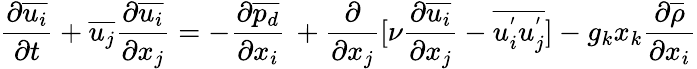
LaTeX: \frac{\partial\overline{{u_{i}}}}{\partial t}+\overline{{u_{j}}}\frac{\partial\overline{{u_{i}}}}{\partial x_{j}}=-\frac{\partial\overline{{p_{d}}}}{\partial x_{i}}\, +\frac{\partial}{\partial x_{j}}\lbrack\nu\frac{\partial\overline{{u_{i}}}}{\partial x_{j}}-\overline{{u_{i}^{'}u_{j}^{'}}}{]}-g_{k}x_{k}\frac{\partial\overline{{\rho}}}{\partial x_{i}}